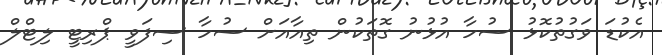
އެކުޑަ ވަގުތުކޮޅު ސުހާ އުޅުނު ގޮތަކުން ތިއާއަށް ސުހާ ސިފަވީ ޕްރިޓީ ލިޓްލް